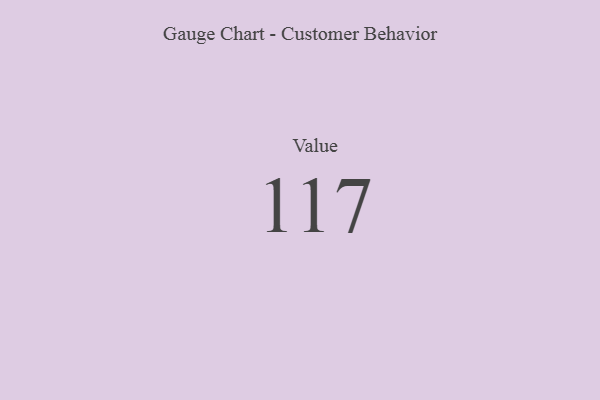
{"axis": {"x": "Metric", "y": "Value"}, "legend": [""], "data": [{"x": "Value", "y": 117, "type": ""}]}